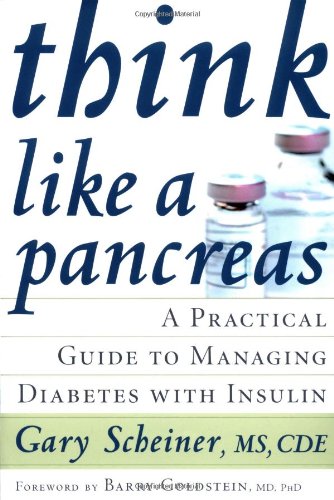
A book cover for Think Like a Pancreas: A Practical Guide to Managing Diabetes with Insulin; M.S. Gary Scheiner M.S.; Health, Fitness & Dieting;